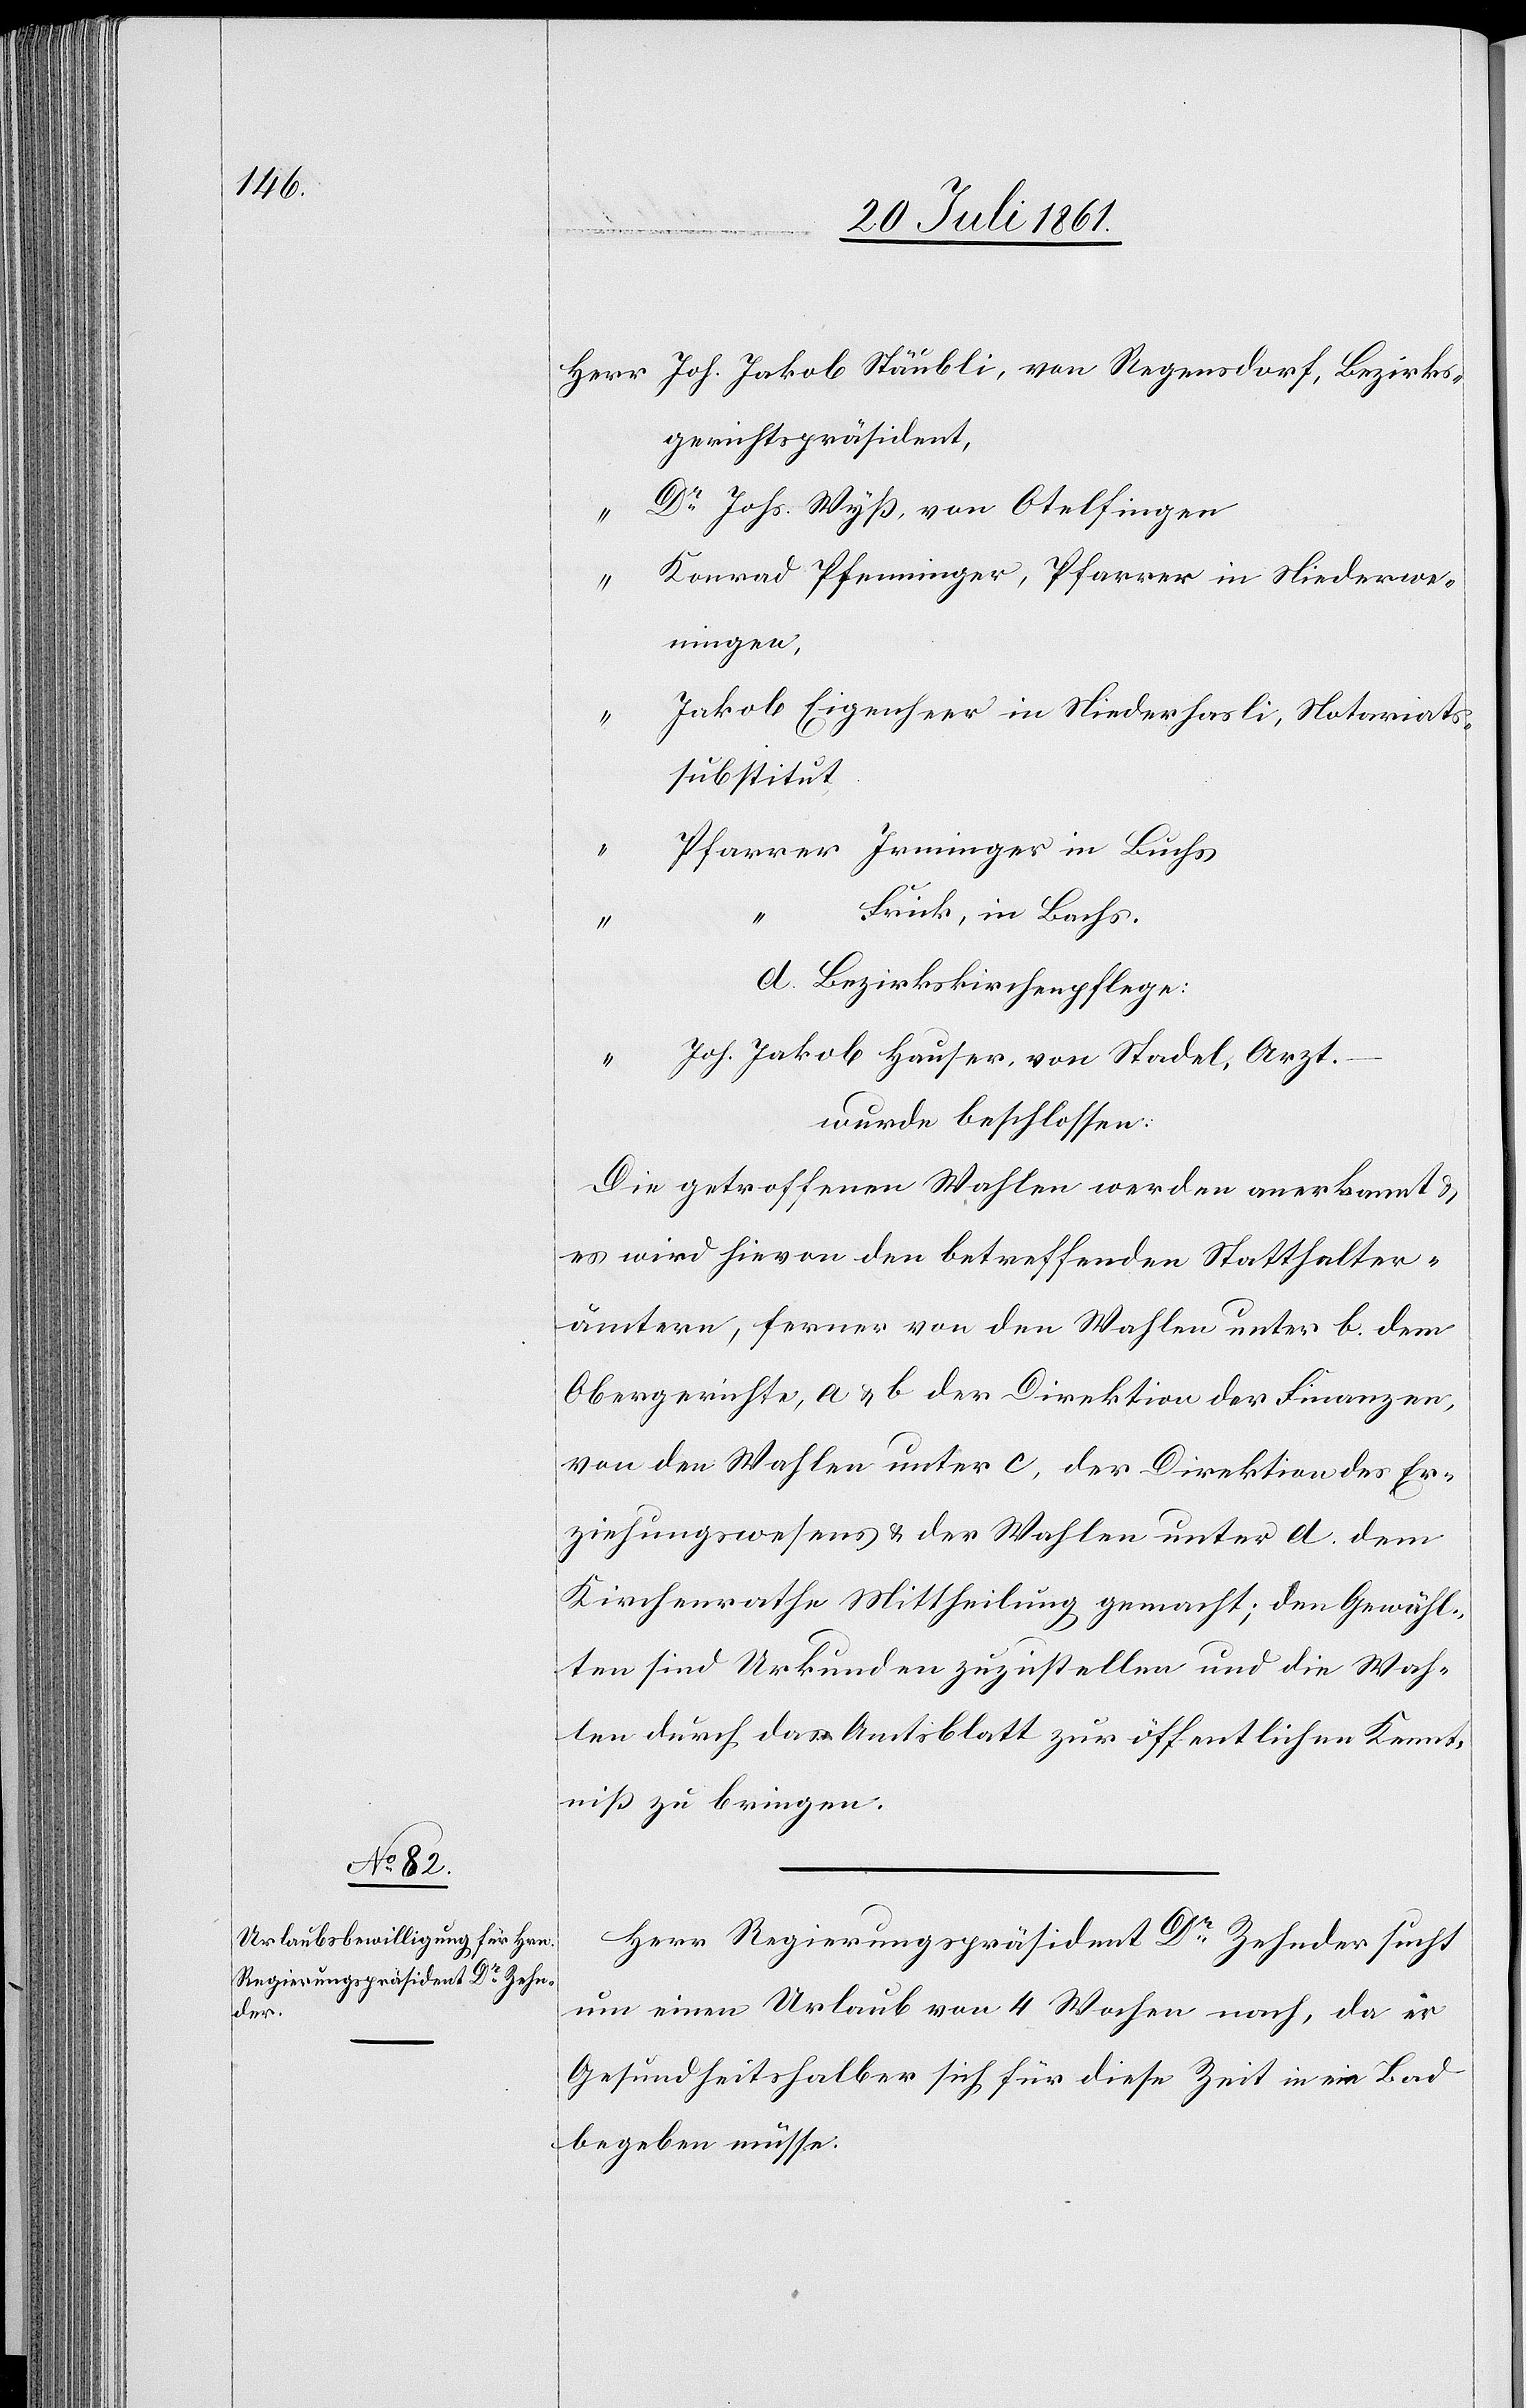
Herr Joh. Jakob Stäubli, von Regensdorf, Bezirks¬
gerichtspräsident,
Dr Johs. Wyß, von Otelfingen
“	 Konrad Pfenninger, Pfarrer in Niederwe¬
ningen,
Jakob Eigenherr in Niederhasli, Notariats¬
substitut
Pfarrer Irminger in Buchs
“		Frick, in Bachs.
d. Bezirkskirchenpflege:
“	 Joh. Jakob Hauser, von Stadel, Arzt.
wurde beschlossen:
Die getroffenen Wahlen werden anerkannt u.
es wird hievon den betreffenden Statthalter¬
ämtern, ferner von den Wahlen unter b. dem
Obergerichte, a. u. b der Direktion der Finanzen,
von den Wahlen unter c, der Direktion des Er¬
ziehungswesens u. der Wahlen unter d. dem
Kirchenrathe Mittheilung gemacht; den Gewähl¬
ten sind Urkunden zuzustellen und die Wah¬
len durch das Amtsblatt zur öffentlichen Kennt¬
niß zu bringen.
Herr Regierungspräsident Dr Zehnder sucht
um einen Urlaub von 4 Wochen nach, da er
gesundheitshalber sich für diese Zeit in ein Bad
begeben müsse: